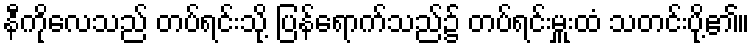
နီကိုလေသည် တပ်ရင်းသို့ ပြန်ရောက်သည်၌ တပ်ရင်းမှူးထံ သတင်းပို့၏။